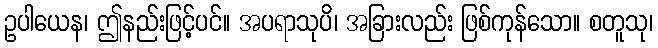
ဥပါယေန၊ ဤနည်းဖြင့်ပင်။ အပရာသုပိ၊ အခြားလည်း ဖြစ်ကုန်သော။ စတူသု၊